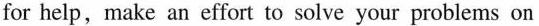
for help,make an effort to solve your problems on